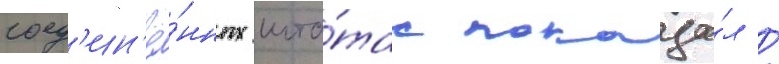
соед'ин'ё́нных шта́тах показа́л /